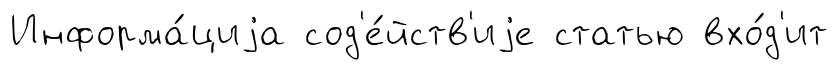
Информа́циjа сод'е́йств'иjе статью вхо́д'ит